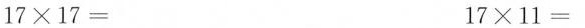
$$1 7 \times 1 7 =$$ $$1 7 \times 1 1 =$$